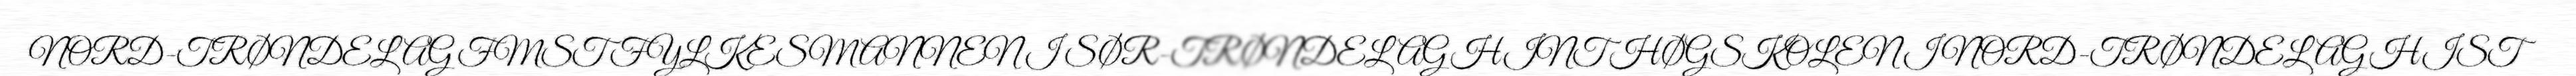
NORD-TRØNDELAG FMST FYLKESMANNEN I SØR-TRØNDELAG HINT HØGSKOLEN I NORD-TRØNDELAG HIST